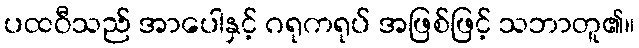
ပထဝီသည် အာပေါနှင့် ဂရုကရုပ် အဖြစ်ဖြင့် သဘာတူ၏။